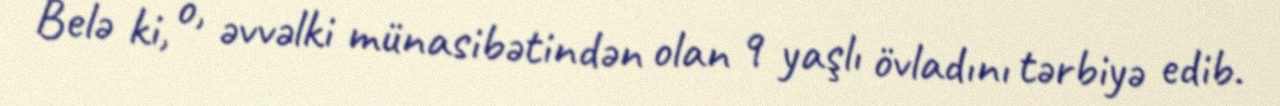
Belə ki, o, əvvəlki münasibətindən olan 9 yaşlı övladını tərbiyə edib.